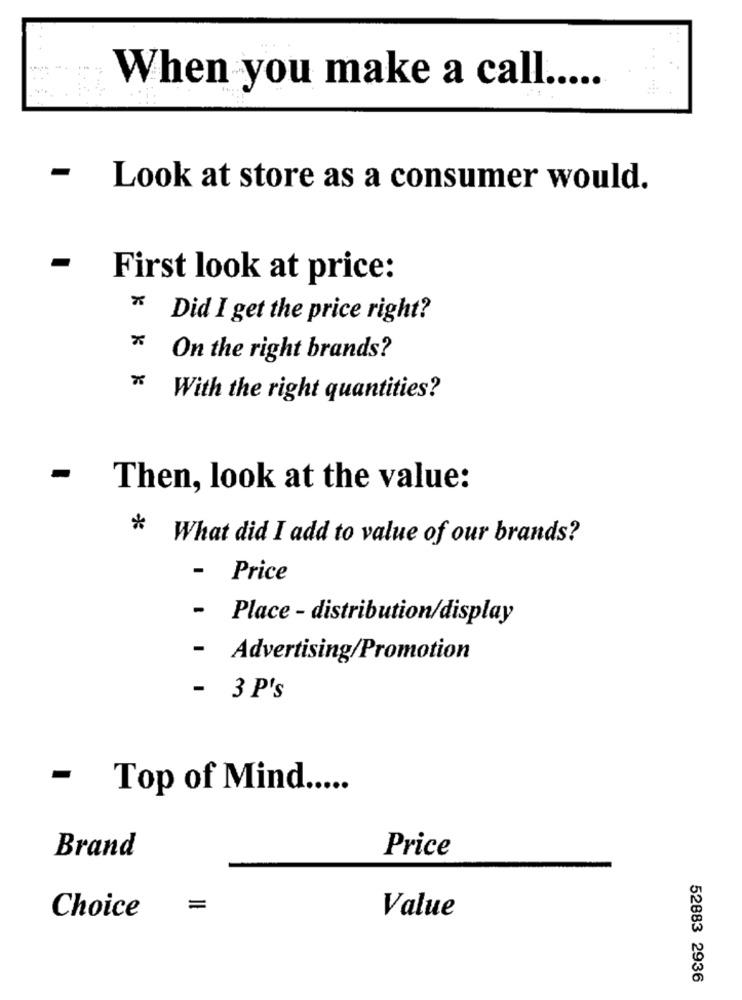
When you make a call .....
Look at store as a consumer would.
-
First look at price:
Did I get the price right?
On the right brands?
* With the right quantities?
Then, look at the value:
* What did I add to value of our brands?
Price
- Place - distribution/display
- Advertising/Promotion
- 3 P's
- Top of Mind .....
Brand
Price
Choice
=
Value
52883 2936